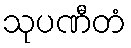
သုပဏီတံ